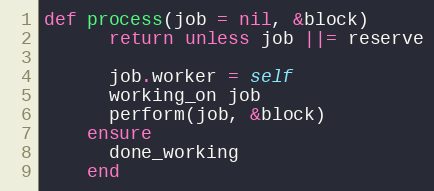
Language: Ruby
def process(job = nil, &block)
      return unless job ||= reserve

      job.worker = self
      working_on job
      perform(job, &block)
    ensure
      done_working
    end